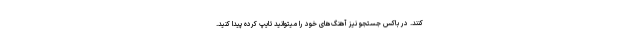
کنند. در باکس جستجو نیز آهنگ‌های خود را میتوانید تایپ کرده پیدا کنید.